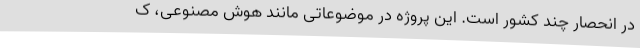
در انحصار چند کشور است. این پروژه در موضوعاتی مانند هوش مصنوعی، ک